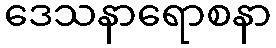
ဒေသနာရောစနာ